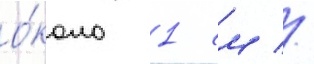
о́коло 1 см //